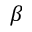
\beta